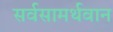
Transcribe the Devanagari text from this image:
सर्वसामर्थवान